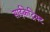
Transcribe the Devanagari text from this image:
साईकेट्रिक्ट